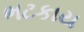
ભટકાય